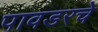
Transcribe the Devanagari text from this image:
पावडरचे